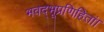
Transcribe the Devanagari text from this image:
भवद्भूप्रणिहितां।